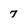
Character: 7